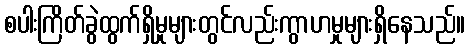
စပါးကြိတ်ခွဲထွက်ရှိမှုများတွင်လည်းကွာဟမှုများရှိနေသည်။